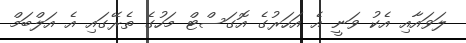
ލަވައާއި އެކު ވަނީ އެ އަހަރުގެ އޮގަސްޓް މަހުގެ ތެރޭގައި އެ އަލްބަމް